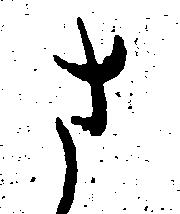
さ